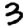
Digit: 3